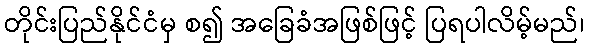
တိုင်းပြည်နိုင်ငံမှ စ၍ အခြေခံအဖြစ်ဖြင့် ပြရပါလိမ့်မည်၊